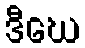
ဒီဃေ